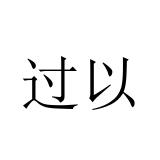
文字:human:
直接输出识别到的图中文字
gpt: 过以